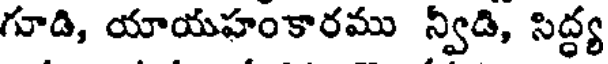
గూడి, యాయహంకారము న్విడి, సిద్ధ్య